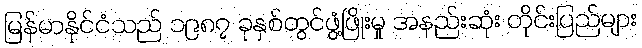
မြန်မာနိုင်ငံသည် ၁၉၈၇ ခုနှစ်တွင်ဖွံ့ဖြိုးမှု အနည်းဆုံး တိုင်းပြည်များ